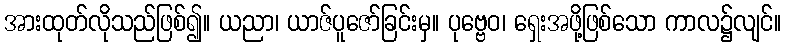
အားထုတ်လိုသည်ဖြစ်၍။ ယညာ၊ ယာဇ်ပူဇော်ခြင်းမှ။ ပုဗ္ဗေဝ၊ ရှေးအဖို့ဖြစ်သော ကာလ၌လျင်။